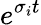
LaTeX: e^{\sigma_{i}t}